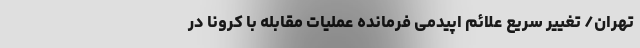
تهران/ تغییر سریع علائم اپیدمی فرمانده عملیات مقابله با کرونا در